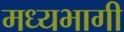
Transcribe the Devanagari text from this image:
मध्‍यभागी